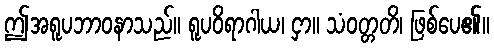
ဤအရူပဘာဝနာသည်။ ရူပဝိရာဂါယ၊ ငှာ။ သံဝတ္တတိ၊ ဖြစ်ပေ၏။